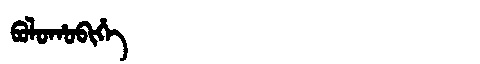
Manchu: ᠪᠣᠯᠣᡥᠣᠪᡳᡥᡝ
Romanization: BOLOHOBIHE